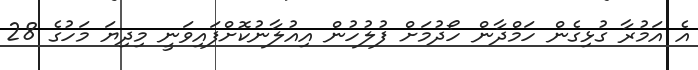
އެ އަމުރާ ގުޅިގެން ހަމްދާން ހޯދުމަށް ފުލުހުން އިއުލާނުކޮށްފައިވަނީ މިދިޔަ މަހުގެ 28